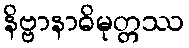
နိဗ္ဗာနာဓိမုတ္တဿ